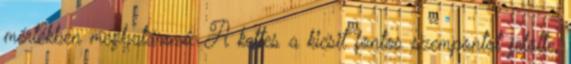
mértékben meghatározó. A kettes a kicsit fontos szempontot jelölte,